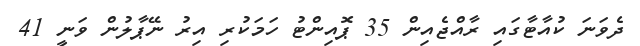
ދެވަނަ ކުއާޓާގައި ރާއްޖެއިން 35 ޕޮއިންޓު ހަމަކުރި އިރު ނޭޕާލުން ވަނީ 41